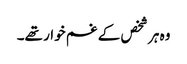
وہ ہر شخص کے غم خوار تھے۔